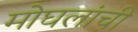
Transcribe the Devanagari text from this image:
मोघलांची